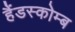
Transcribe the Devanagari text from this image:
हैंडस्कोम्ब